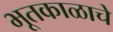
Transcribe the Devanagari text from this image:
भूतकाळाचे